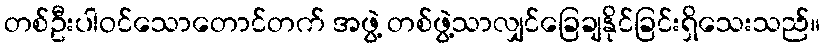
တစ်ဦးပါဝင်သောတောင်တက် အဖွဲ့ တစ်ဖွဲ့သာလျှင်ခြေချနိုင်ခြင်းရှိသေးသည်။